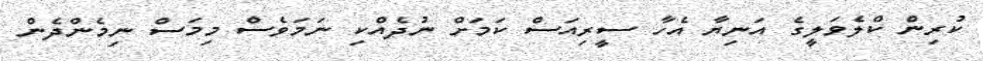
ކުރިން ކްލެވަލީގެ އަނިޔާ އެހާ ސީރިއަސް ކަމަށް ނުދެއްކި ނަމަވެސް މިމަސް ނިމެންދެން